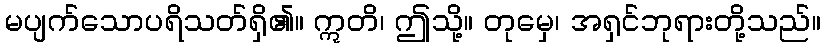
မပျက်သောပရိသတ်ရှိ၏။ ဣတိ၊ ဤသို့။ တုမှေ၊ အရှင်ဘုရားတို့သည်။